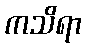
ကသိရာ